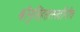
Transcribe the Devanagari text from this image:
श्रीनृसिंहसरस्वतींनीच